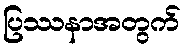
ပြဿနာအတွက်